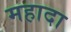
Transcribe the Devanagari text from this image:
महादा